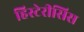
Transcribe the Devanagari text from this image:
हिस्टेरीसिस